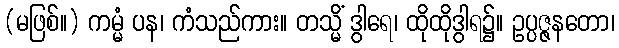
(မဖြစ်။) ကမ္မံ ပန၊ ကံသည်ကား။ တသ္မိံ ဒွါရေ၊ ထိုထိုဒွါရ၌။ ဥပ္ပဇ္ဇနတော၊